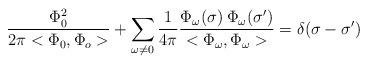
LaTeX: \begin{align*}\frac{\Phi_0^2}{2\pi<\Phi_0,\Phi_o>} + \sum_{\omega \neq 0}\frac{1}{4\pi}\frac{\Phi_\omega(\sigma)\:\Phi_\omega(\sigma^\prime)}{<\Phi_\omega,\Phi_\omega>}=\delta(\sigma-{\sigma^\prime})\end{align*}